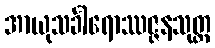
အာယုသင်္ခါရောဿဇ္ဇနသုတ္တ